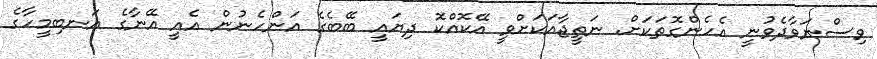
ވިސްނަވާދެވުނީ އެހެންގޮތަކަށް. ނަތީޖާއަކަށްވީ އޭކޮއްކޮ ދިޔައީ ބޭބެގެ އަންހެނުން އެއީ އޭނާގެ އަނބިމީހާގެ